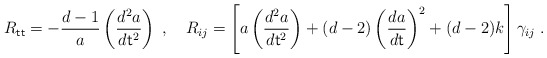
\begin{align*}R_{\sf tt} = -\frac{d-1}{a}\left( \frac{d^2a}{d{\sf t}^2} \right) \;, ~~~R_{ij} =\left[ a\left(\frac{d^2a}{d{\sf t}^2}\right)+(d-2)\left(\frac{da}{d\sf t}\right)^2+(d-2)k\right]\gamma_{ij} \;.\end{align*}